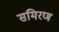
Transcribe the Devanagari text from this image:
समिरण